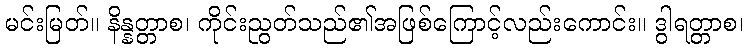
မင်းမြတ်။ နိန္နတ္တာစ၊ ကိုင်းညွတ်သည်၏အဖြစ်ကြောင့်လည်းကောင်း။ ဒွါရတ္တာစ၊